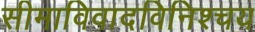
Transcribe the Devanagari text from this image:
सीमाविवादविनिश्चय